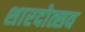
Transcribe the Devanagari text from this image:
शारदोत्सव